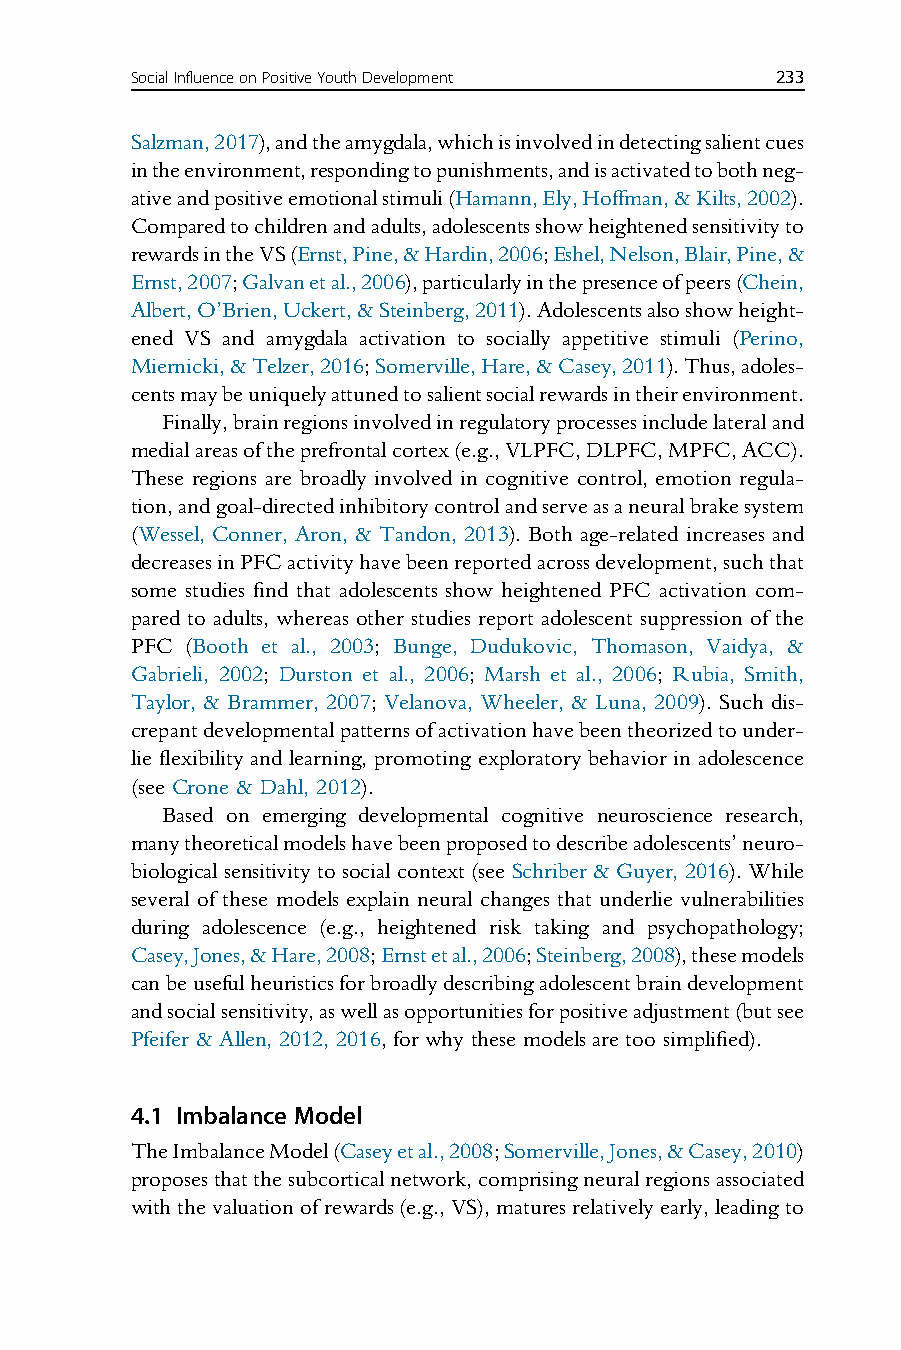
SocialInfluenceonPositiveYouthDevelopment 233
 Salzman,2017),andtheamygdala,whichisinvolvedindetectingsalientcues
 intheenvironment,respondingtopunishments,andisactivatedtobothneg-
 ativeandpositiveemotionalstimuli(Hamann,Ely,Hoffman,&Kilts,2002).
 Comparedtochildrenandadults,adolescentsshowheightenedsensitivityto
 rewardsintheVS(Ernst,Pine,&Hardin,2006;Eshel,Nelson,Blair,Pine,&
 Ernst,2007;Galvanetal.,2006),particularlyinthepresenceofpeers(Chein,
 Albert,O’Brien,Uckert,&Steinberg,2011).Adolescentsalsoshowheight-
 ened VS and amygdala activation to socially appetitive stimuli (Perino,
 Miernicki,&Telzer,2016;Somerville,Hare,&Casey,2011).Thus,adoles-
 centsmaybeuniquelyattunedtosalientsocialrewardsintheirenvironment.
 Finally,brainregionsinvolvedinregulatoryprocessesincludelateraland
 medialareasoftheprefrontalcortex(e.g.,VLPFC,DLPFC,MPFC,ACC).
 These regions are broadly involved in cognitive control, emotion regula-
 tion,andgoal-directedinhibitorycontrolandserveasaneuralbrakesystem
 (Wessel, Conner, Aron, & Tandon, 2013). Both age-related increases and
 decreasesinPFCactivityhavebeenreportedacrossdevelopment,suchthat
 some studies find that adolescents show heightened PFC activation com-
 pared to adults, whereas other studies report adolescent suppression of the
 PFC (Booth et al., 2003; Bunge, Dudukovic, Thomason, Vaidya, &
 Gabrieli, 2002; Durston et al., 2006; Marsh et al., 2006; Rubia, Smith,
 Taylor, & Brammer, 2007; Velanova, Wheeler, & Luna, 2009). Such dis-
 crepantdevelopmentalpatternsofactivationhavebeentheorizedtounder-
 lie flexibility and learning, promoting exploratory behavior in adolescence
 (see Crone & Dahl, 2012).
 Based on emerging developmental cognitive neuroscience research,
 manytheoreticalmodelshavebeenproposedtodescribeadolescents’neuro-
 biological sensitivity to social context (see Schriber & Guyer, 2016). While
 several of these models explain neural changes that underlie vulnerabilities
 during adolescence (e.g., heightened risk taking and psychopathology;
 Casey,Jones,&Hare,2008;Ernstetal.,2006;Steinberg,2008),thesemodels
 canbeusefulheuristicsforbroadlydescribingadolescentbraindevelopment
 andsocialsensitivity,aswellasopportunitiesforpositiveadjustment(butsee
 Pfeifer & Allen, 2012, 2016, for why these models are too simplified).
 4.1 Imbalance Model
 TheImbalanceModel(Caseyetal.,2008;Somerville,Jones,&Casey,2010)
 proposesthatthesubcorticalnetwork,comprisingneuralregionsassociated
 withthevaluationofrewards(e.g.,VS),maturesrelativelyearly,leadingto